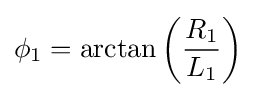
\phi _{1}=\arctan \left({R_{1} \over L_{1}}\right)